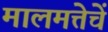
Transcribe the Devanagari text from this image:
मालमत्तेचें